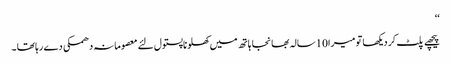
‘‘
پیچھے پلٹ کر دیکھا تو میرا10سالہ بھانجا ہاتھ میں کھلونا پستول لئے معصومانہ دھمکی دے رہا تھا ۔